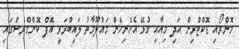
މޮންރޯއި ޑޮކްޓްރިން އަދި މިއާއި ގުޅޭ އެހެނިހެން މައުލޫމާތު ލައިބްރަރީ އޮފް ކޮންގްރެސްގައި